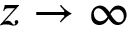
z \to \infty